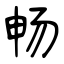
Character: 畅